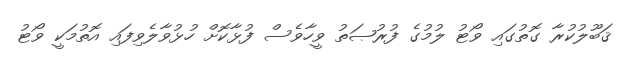
ޤަބޫލުކުރާ ގޮތުގައި ވޯޓު ލުމުގެ ފުރުޞަތު ވީހާވެސް ފުޅާކޮށް ހުޅުވާލެވިފައި އޮތުމަކީ ވޯޓު